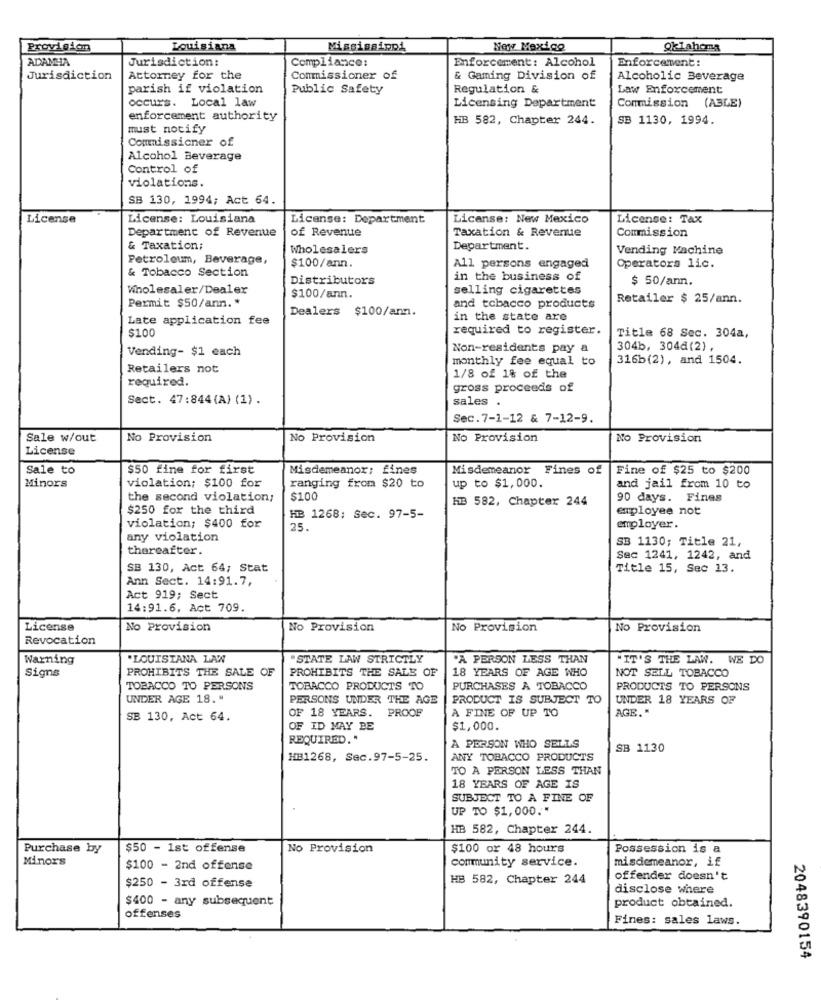
Provision
Louisiana
Mississippi
New Maxico
Oklahoma
ADAMHA
Jurisdiction:
Compliance:
Enforcement: Alcohol
Enforcement:
Jurisdiction
Attorney for the
Commissioner of
& Gaming Division of
Alcoholic Beverage
parish if violation
Public Safety
Regulation &
Law Enforcement
occurs. Local law
Licensing Department
Commission (ABLE)
enforcement authority
HB 582, Chapter 244.
SB 1130, 1994.
must notify
Commissioner of
Alcohol Beverage
Control of
violations.
SB 130, 1994; Act 64.
License
License: Louisiana
License: Department
License: New Mexico
License: Tax
Department of Revenue
of Revenue
Commission
Taxation & Revenue
& Taxation;
Wholesalers
Department.
Vending Machine
Petroleum, Beverage,
$100/ann.
& Tobacco Section
All persons engaged
Operators lic.
Distributors
in the business of
$ 50/ann.
Wholesaler/Dealer
selling cigarettes
$100/ann.
Retailer $ 25/ann.
Permit $50/ann .*
Dealers $100/ann.
and tobacco products
Late application fee
in the state are
$100
required to register.
Title 68 Sec. 304a,
Vending- $1 each
Non-residents pay a
304b, 3044(2) ,
monthly fee equal to
316b(2), and 1504.
Retailers not
required.
1/8 of 1% of the
gross proceeds of
Sect. 47:844(A) (1).
sales .
Sec.7-1-12 & 7-12-9.
Sale w/out
No Provision
No Provision
No Provision
No Provision
License
Sale to
$50 fine for first
Misdemeanor: fines
Misdemeanor Fines of
Fine of $25 to $200
violation; $100 for
ranging from $20 to
and jail from 10 to
Minors
up to $1,000.
the second violation;
$100
HBB 582, Chapter 244
90 days. Fines
$250 for the third
employee not
HB 1268; Sec. 97-5-
violation; $400 for
25.
employer.
any violation
SB 1130; Title 21,
thereafter.
Sec 1241, 1242, and
SB 130, Act 64; Stat
Title 15, Sec 13.
Ann Sect. 14:91.7,
Act 919; Sect
14:91.6. Act 709.
License
No Provision
No Provision
No Provision
No Provision
Revocation
Warning
.LOUISIANA LAW
"STATE LAW STRICTLY
"A PERSON LESS THAN
"IT'S THE LAW. WE DO
PROHIBITS THE SALE OF
PROHIBITS THE SALE OF
18 YEARS OF AGE WHO
NOT SELL TOBACCO
Signs
TOBACCO TO PERSONS
TOBACCO PRODUCTS TO
PURCHASES A TOBACCO
PRODUCTS TO PERSONS
UNDER AGE 18. "
PERSONS UNDER THE AGE
PRODUCT IS SUBJECT TO
UNDER 18 YEARS OF
A FINE OF UP TO
AGE. "
SB 130, Act 64.
OF 18 YEARS. PROOF
OF ID MAY BE
$1,000.
REQUIRED."
A PERSON WHO SELLS
SB 1130
HB1268, Sec.97-5-25.
ANY TOBACCO PRODUCTS
TO A PERSON LESS THAN
18 YEARS OF AGE IS
SUBJECT TO A FINE OF
UP TO $1,000 .*
HB 582, Chapter 244.
Purchase by
$50 - 1st offense
No Provision
$100 or 48 hours
Possession is a
Minors
misdemeanor, if
$100 - 2nd offense
community service.
$250 - 3rd offense
HB 582, Chapter 244
offender doesn't
disclose where
$400 - any subsequent
product obtained.
offenses
Fines: sales laws.
2048390154